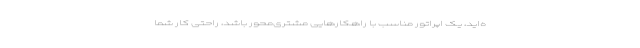
ه‌اید، یک اپراتور مناسب با راهکارهایی مشتری‌محور باشد، راحتی کار شما